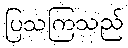
ပြသကြသည်